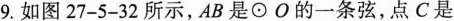
9. 如图 27-5-32 所示，AB是\odotO的一条弦，点C是